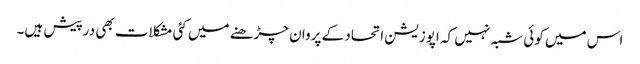
اس میں کوئی شبہ نہیں کہ اپوزیشن اتحاد کے پروان چڑھنے میں کئی مشکلات بھی درپیش ہیں۔